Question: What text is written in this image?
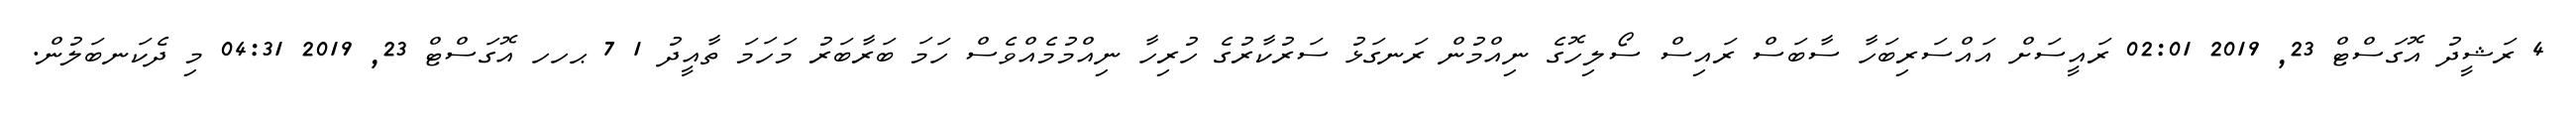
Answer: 4 ރަޝީދު އޮގަސްޓް 23, 2019 02:01 ރައީސަށް އައްސަރިބަހާ ސާބަސް ރައިސް ސޯލިހޮގެ ނިއްމުން ރަނގަޅު ސަރުކާރުގެ ހުރިހާ ނިއްމުމެއްވެސް ހަމަ ބަރާބަރު މަހަމަ ތާއީދު 1 7 ޙހހ އޮގަސްޓް 23, 2019 04:31 މި ދެކަނބަލުން.